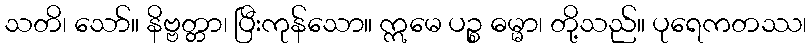
သတိ၊ သော်။ နိဗ္ဗတ္တာ၊ ပြီးကုန်သော။ ဣမေ ပဉ္စ ဓမ္မာ၊ တို့သည်။ ပုရေကတဿ၊